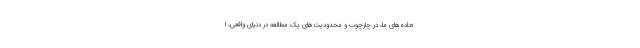
«داده‌های ما، در چارچوب و محدودیت‌های یک مطالعه در دنیای واقعی، ا